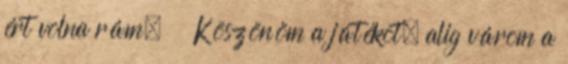
ért volna rám. Köszönöm a játékot, alig várom a